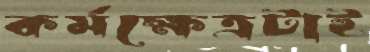
কর্মক্ষেত্রটাই